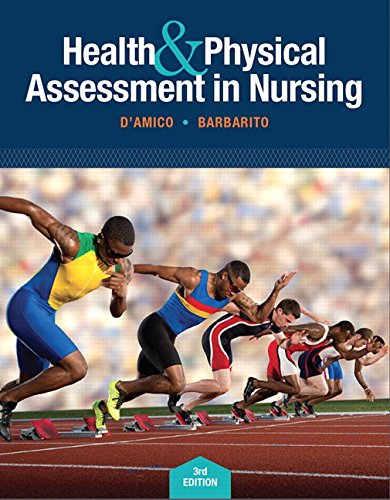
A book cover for Health & Physical Assessment In Nursing (3rd Edition); Donita T D'Amico; Medical Books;